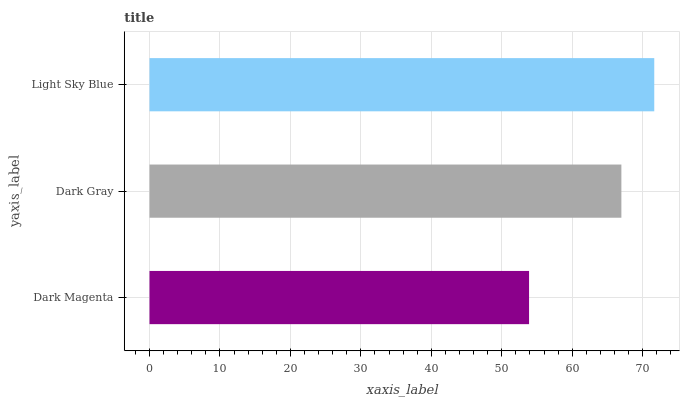
| yaxis_label | bars |
 | --- | --- |
 | Dark Magenta | 53.9 |
 | Dark Gray | 67 |
 | Light Sky Blue | 71.6 |